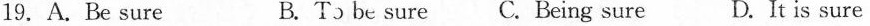
19.A.Be sure B. T5 be sure C. Being sure D. It is sure